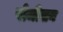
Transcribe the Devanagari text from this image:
पोजीसन